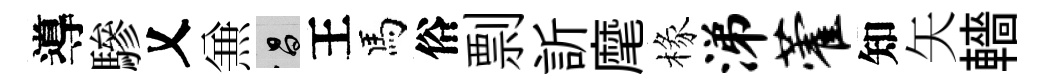
導驂乂𠔥昌王馬俗剽訢麾椽涕藿知矢轖